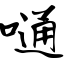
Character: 嗵